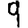
Digit: 9